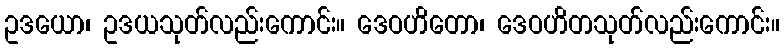
ဥဒယော၊ ဥဒယသုတ်လည်းကောင်း။ ဒေဝဟိတော၊ ဒေဝဟိတသုတ်လည်းကောင်း။